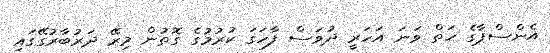
އެންސްޕާގެ ހަތް ވަނަ އަހަރީ ދުވަސް ފާހަގަ ކުރުމުގެ ގޮތުން މިރޭ ދަރުބާރުގޭގައި